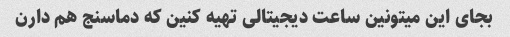
بجای این میتونین ساعت دیجیتالی تهیه کنین که دماسنج هم دارن